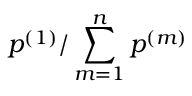
p ^ { ( 1 ) } / \sum _ { m = 1 } ^ { n } p ^ { ( m ) }